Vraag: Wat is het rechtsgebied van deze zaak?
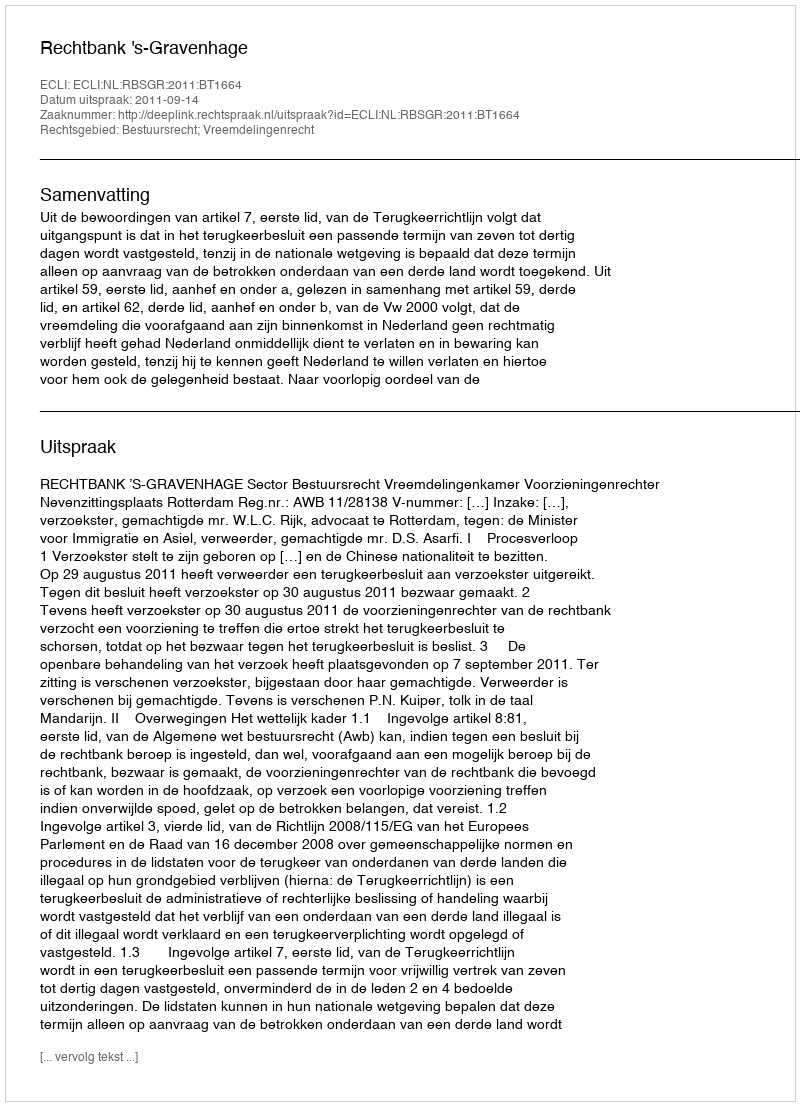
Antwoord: Bestuursrecht; Vreemdelingenrecht